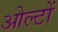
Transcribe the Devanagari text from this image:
ओल्टों